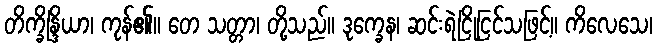
တိက္ခိန္ဒြိယာ၊ ကုန်၏။ တေ သတ္တာ၊ တို့သည်။ ဒုက္ခေန၊ ဆင်းရဲငြိုငြင်သဖြင့်။ ကိလေသေ၊